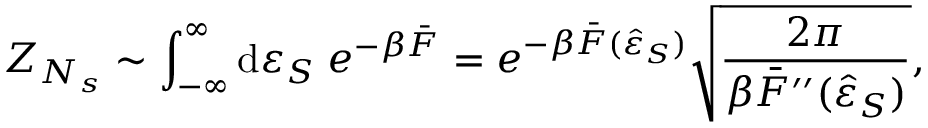
Z _ { N _ { s } } \sim \int _ { - \infty } ^ { \infty } { \mathrm { d } \varepsilon _ { S } \; e ^ { - \beta \bar { F } } } = e ^ { - \beta \bar { F } ( \hat { \varepsilon } _ { S } ) } \sqrt { \frac { 2 \pi } { \beta \bar { F } ^ { \prime \prime } ( \hat { \varepsilon } _ { S } ) } } ,